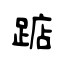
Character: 踮